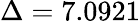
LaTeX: \Delta=7.0921